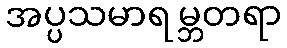
အပ္ပသမာရမ္ဘတရာ